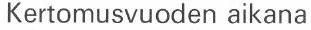
 Kertomusvuoden aikana